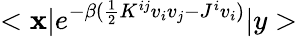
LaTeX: <\mathbf{x}|e^{-\beta(\frac{{1}}{{2}}K^{ij}v_{i}v_{j}-J^{i}v_{i})}|y>